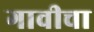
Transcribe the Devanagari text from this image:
गावीचा